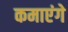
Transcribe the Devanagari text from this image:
कमाएंगे